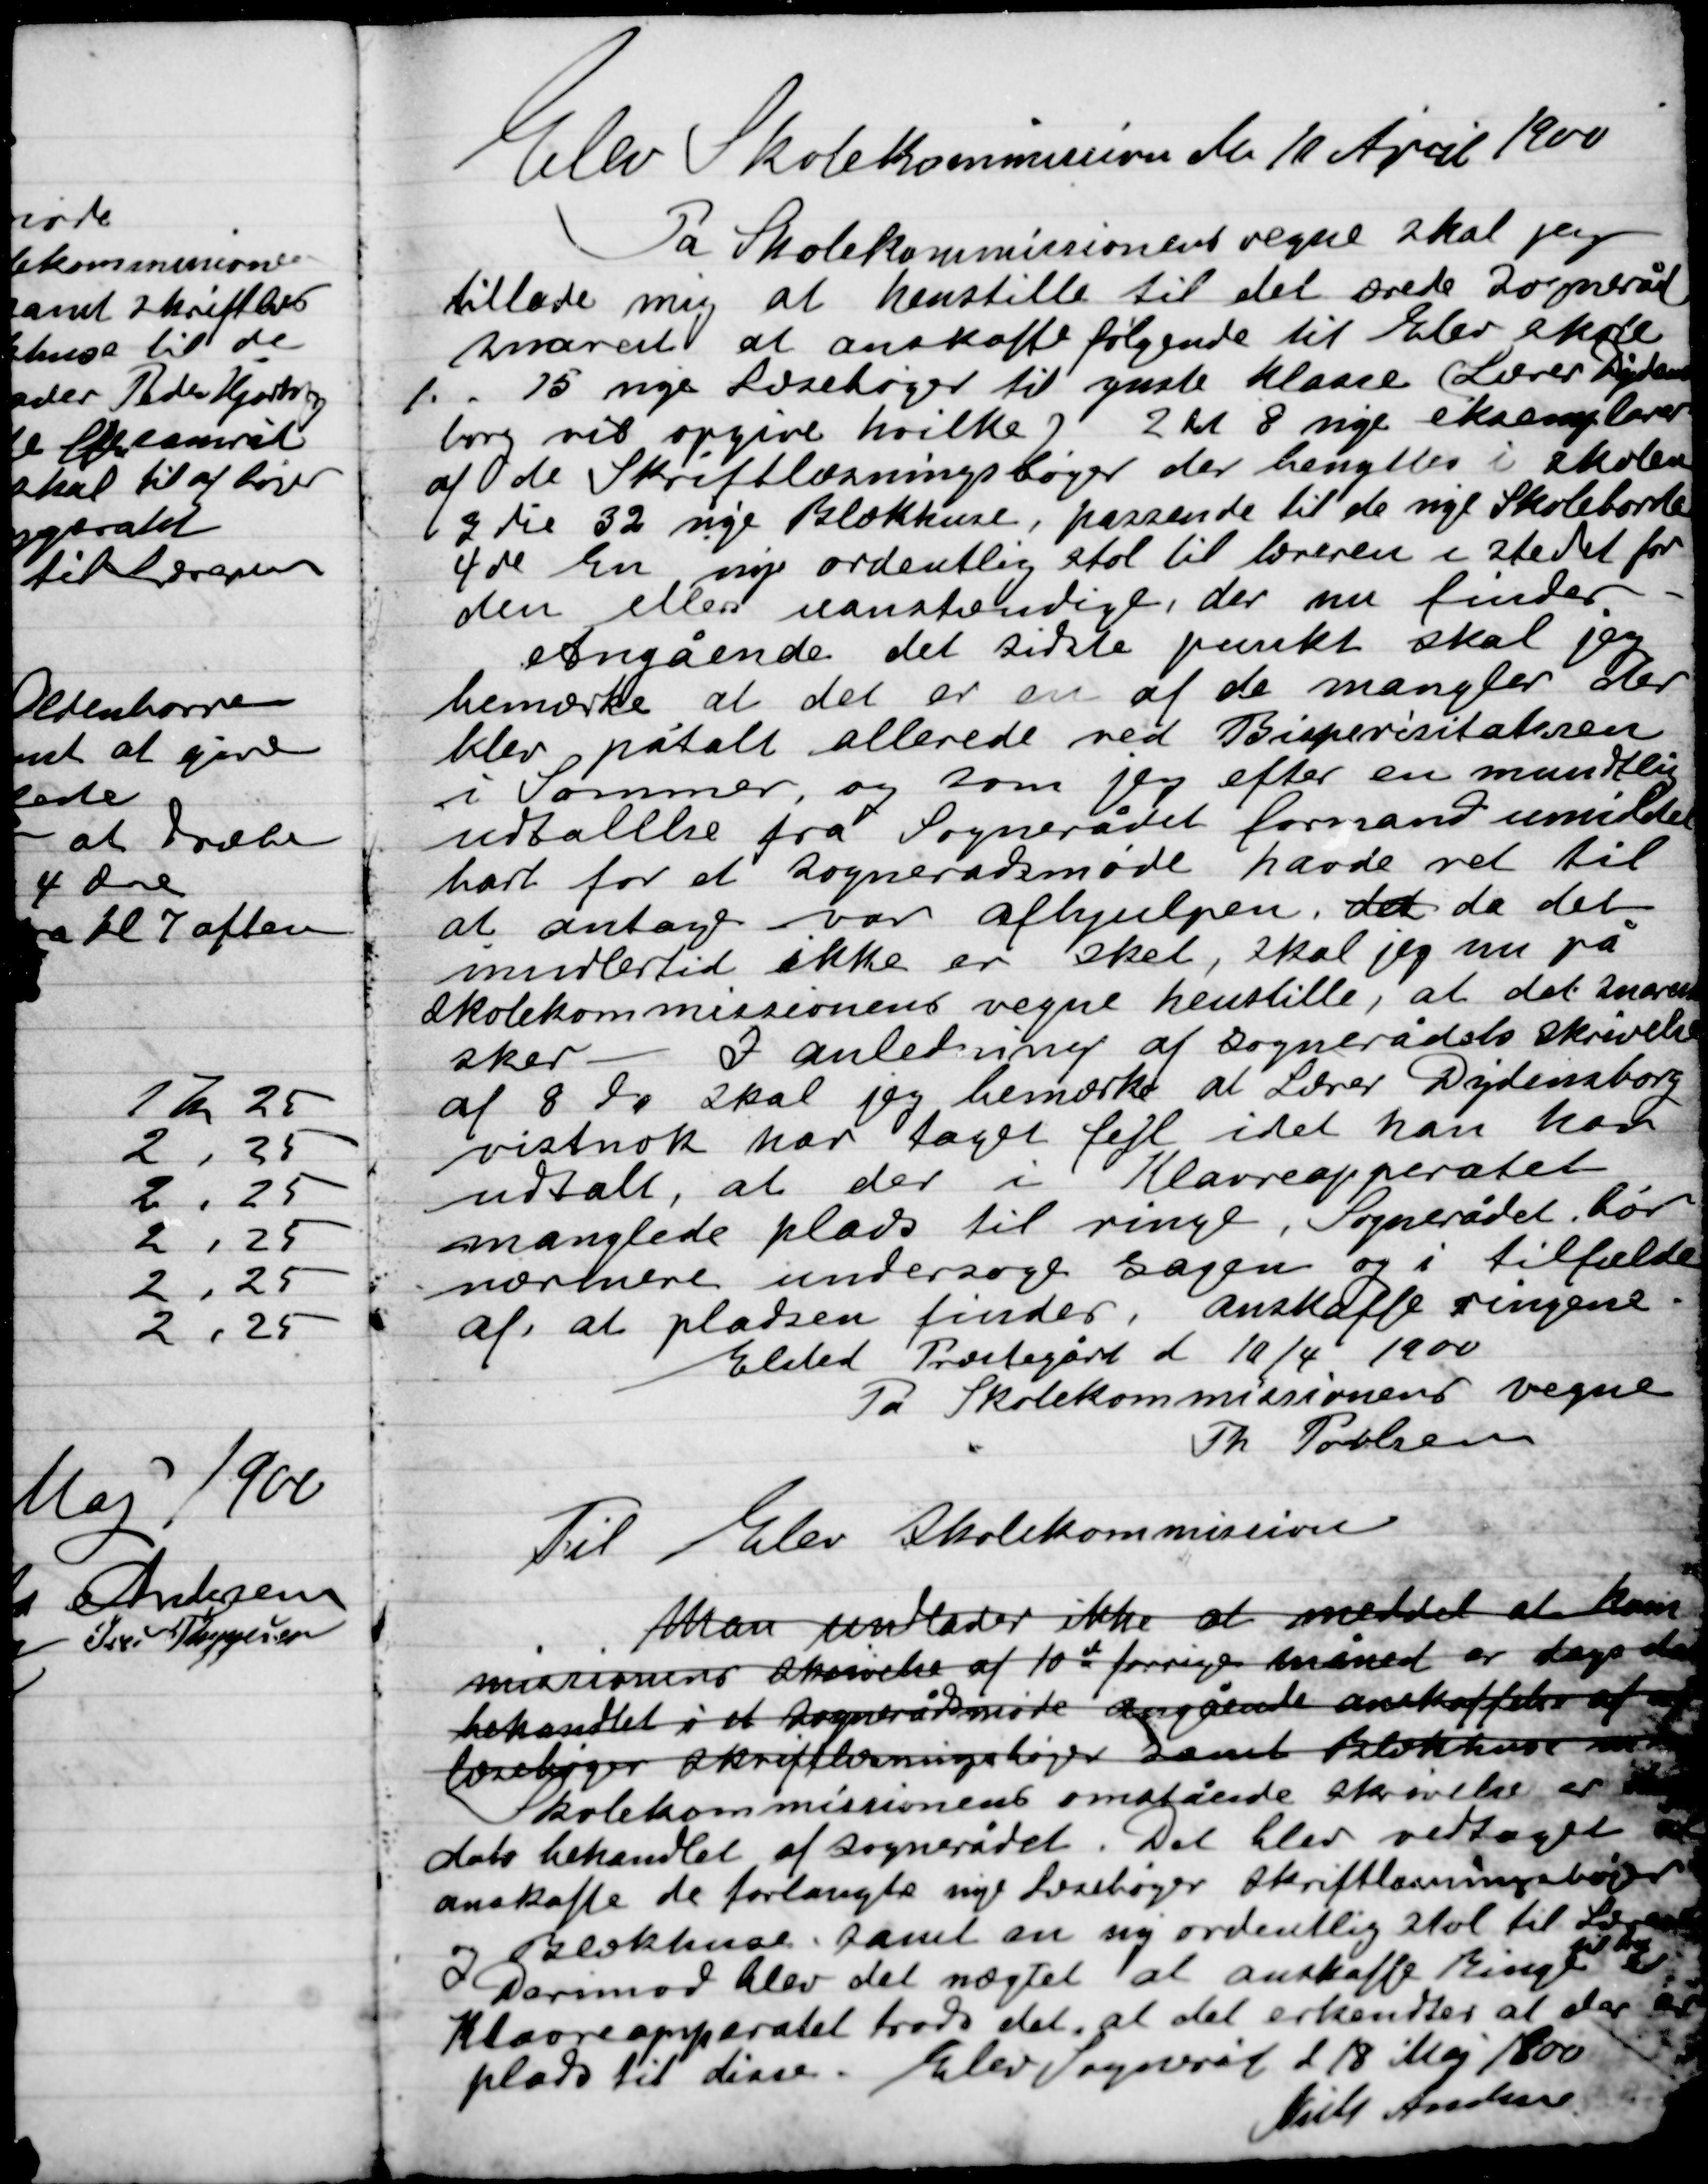
Transskription:
Elev skolekommission den 10 April 1900
På Skolekommissionens vegne skal jeg
tillade mig at henstille til det ærede Sogneråd
snarest at anskaffe følgende til Elev skole
1. 15 nye læsebøger til gamle klasse Lærer Dydens-
borg vil opgive hvilke 2det 8 nye eksemplarer
af de Skrifts læsningsbøger der benyttes i skolen
3die 32 nye Blækhuse, passende til de nye Skoleborde
4de En ny ordentlig stol til bordene i stedet for
den ellers uanstendige, der nu findes.
Angående det sidste punkt skal jeg
bemærke at der er en af de mangler der
blev påtalt allerede ved Bisperisitalssen
i Sommer, og som jeg efter en mundtlig
udtalelse fra Sognerådet formand umiddel-
bart for et Sognerådsmøde havde ret til
at antage var afhjulpen. det da det
imidlertid ikke er sket, skal jeg nu på
skolekommissionens vegne henstille, at det snarest
sker. – I Anledning af Sognerådets skrivelse
af 8 do  skal jeg bemærke at Lærer Dydensborg
vistnok har taget fejl idet han har
udtalt, at der i Klavreapparatet
manglede plads til ringe, Sognerådet bør
nærmere undersøge sagen og i tilfælde
af, at pladsen findes, anskaffe ringene.
Elsted Præstegård d. 10/4 1900
På Skolekommissionens vegne
Th. Poulsen

Til Elev Skolekommission
Man undlader ikke at meddele at kom-
misionens skrivelser af 10de forrige måned er dags dato
behandlet i et Sognerådsmøde angående anskaffelse af
Læsebøger skriftlæsningsbøger samt Blækhus m.m.
Skolekommissionen ovenstående skrivelse er dags
 dato behandlet af Sognerådet. Det blev vedtaget at
anskaffe de forlangte nye Læsebøger Skriftlæsningsbøger
og Blækhuse, samt en ny ordentlig stol til Læreren
Derimod blev det nægtet at anskaffe Ringe
til det
Klavreapperatet trods det, at det erkendes at der er
Plads til disse. Elev Sogneråd d 18 Maj 1900
Niels Andersen